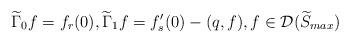
LaTeX: \begin{align*}\widetilde{\Gamma}_0f=f_r(0), \widetilde{\Gamma}_1f=f_s'(0)-(q,f), f\in\mathcal{D}(\widetilde{S}_{max})\end{align*}